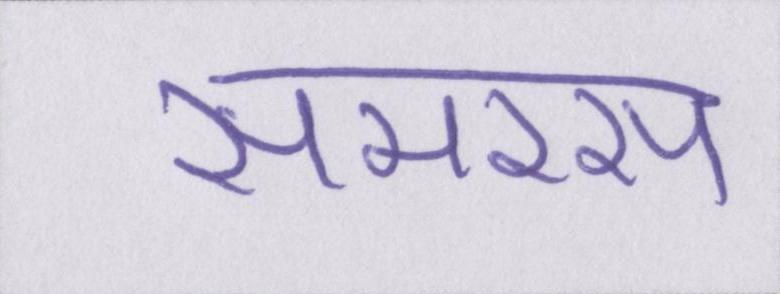
समरस